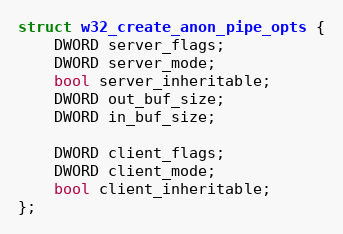
Language: C
struct w32_create_anon_pipe_opts {
    DWORD server_flags;
    DWORD server_mode;
    bool server_inheritable;
    DWORD out_buf_size;
    DWORD in_buf_size;

    DWORD client_flags;
    DWORD client_mode;
    bool client_inheritable;
};